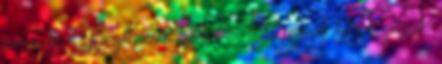
címe, de a sztoriját nem ismerem. Szélsőséges dolgok jutnak